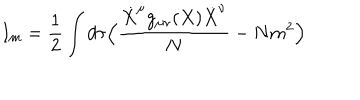
I _ { m } = \frac { 1 } { 2 } \int d \tau \Bigl ( \frac { \dot { X } ^ { \mu } g _ { \mu \nu } ( X ) \dot { X } ^ { \nu } } { N } - N m ^ { 2 } \Bigr )